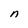
Character: n